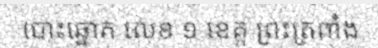
បោះឆ្នោត លេខ ១ ខេត្ត ព្រះត្រពាំង